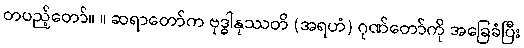
တပည့်တော်။ ။ ဆရာတော်က ဗုဒ္ဓါနုဿတိ (အရဟံ) ဂုဏ်တော်ကို အခြေခံပြီး